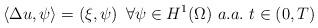
LaTeX: \begin{align*}\left\langle \Delta u,\psi\right\rangle =\left( \xi,\psi\right) ~\forall\psi\in H^{1}(\Omega)~a.a.~t\in(0,T) \end{align*}